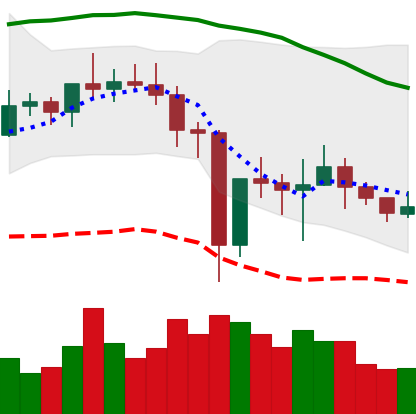
Ticker: NEO-USD
Chart end date: 2021-01-01
Forward return: 34.205%
Label: up_7plus